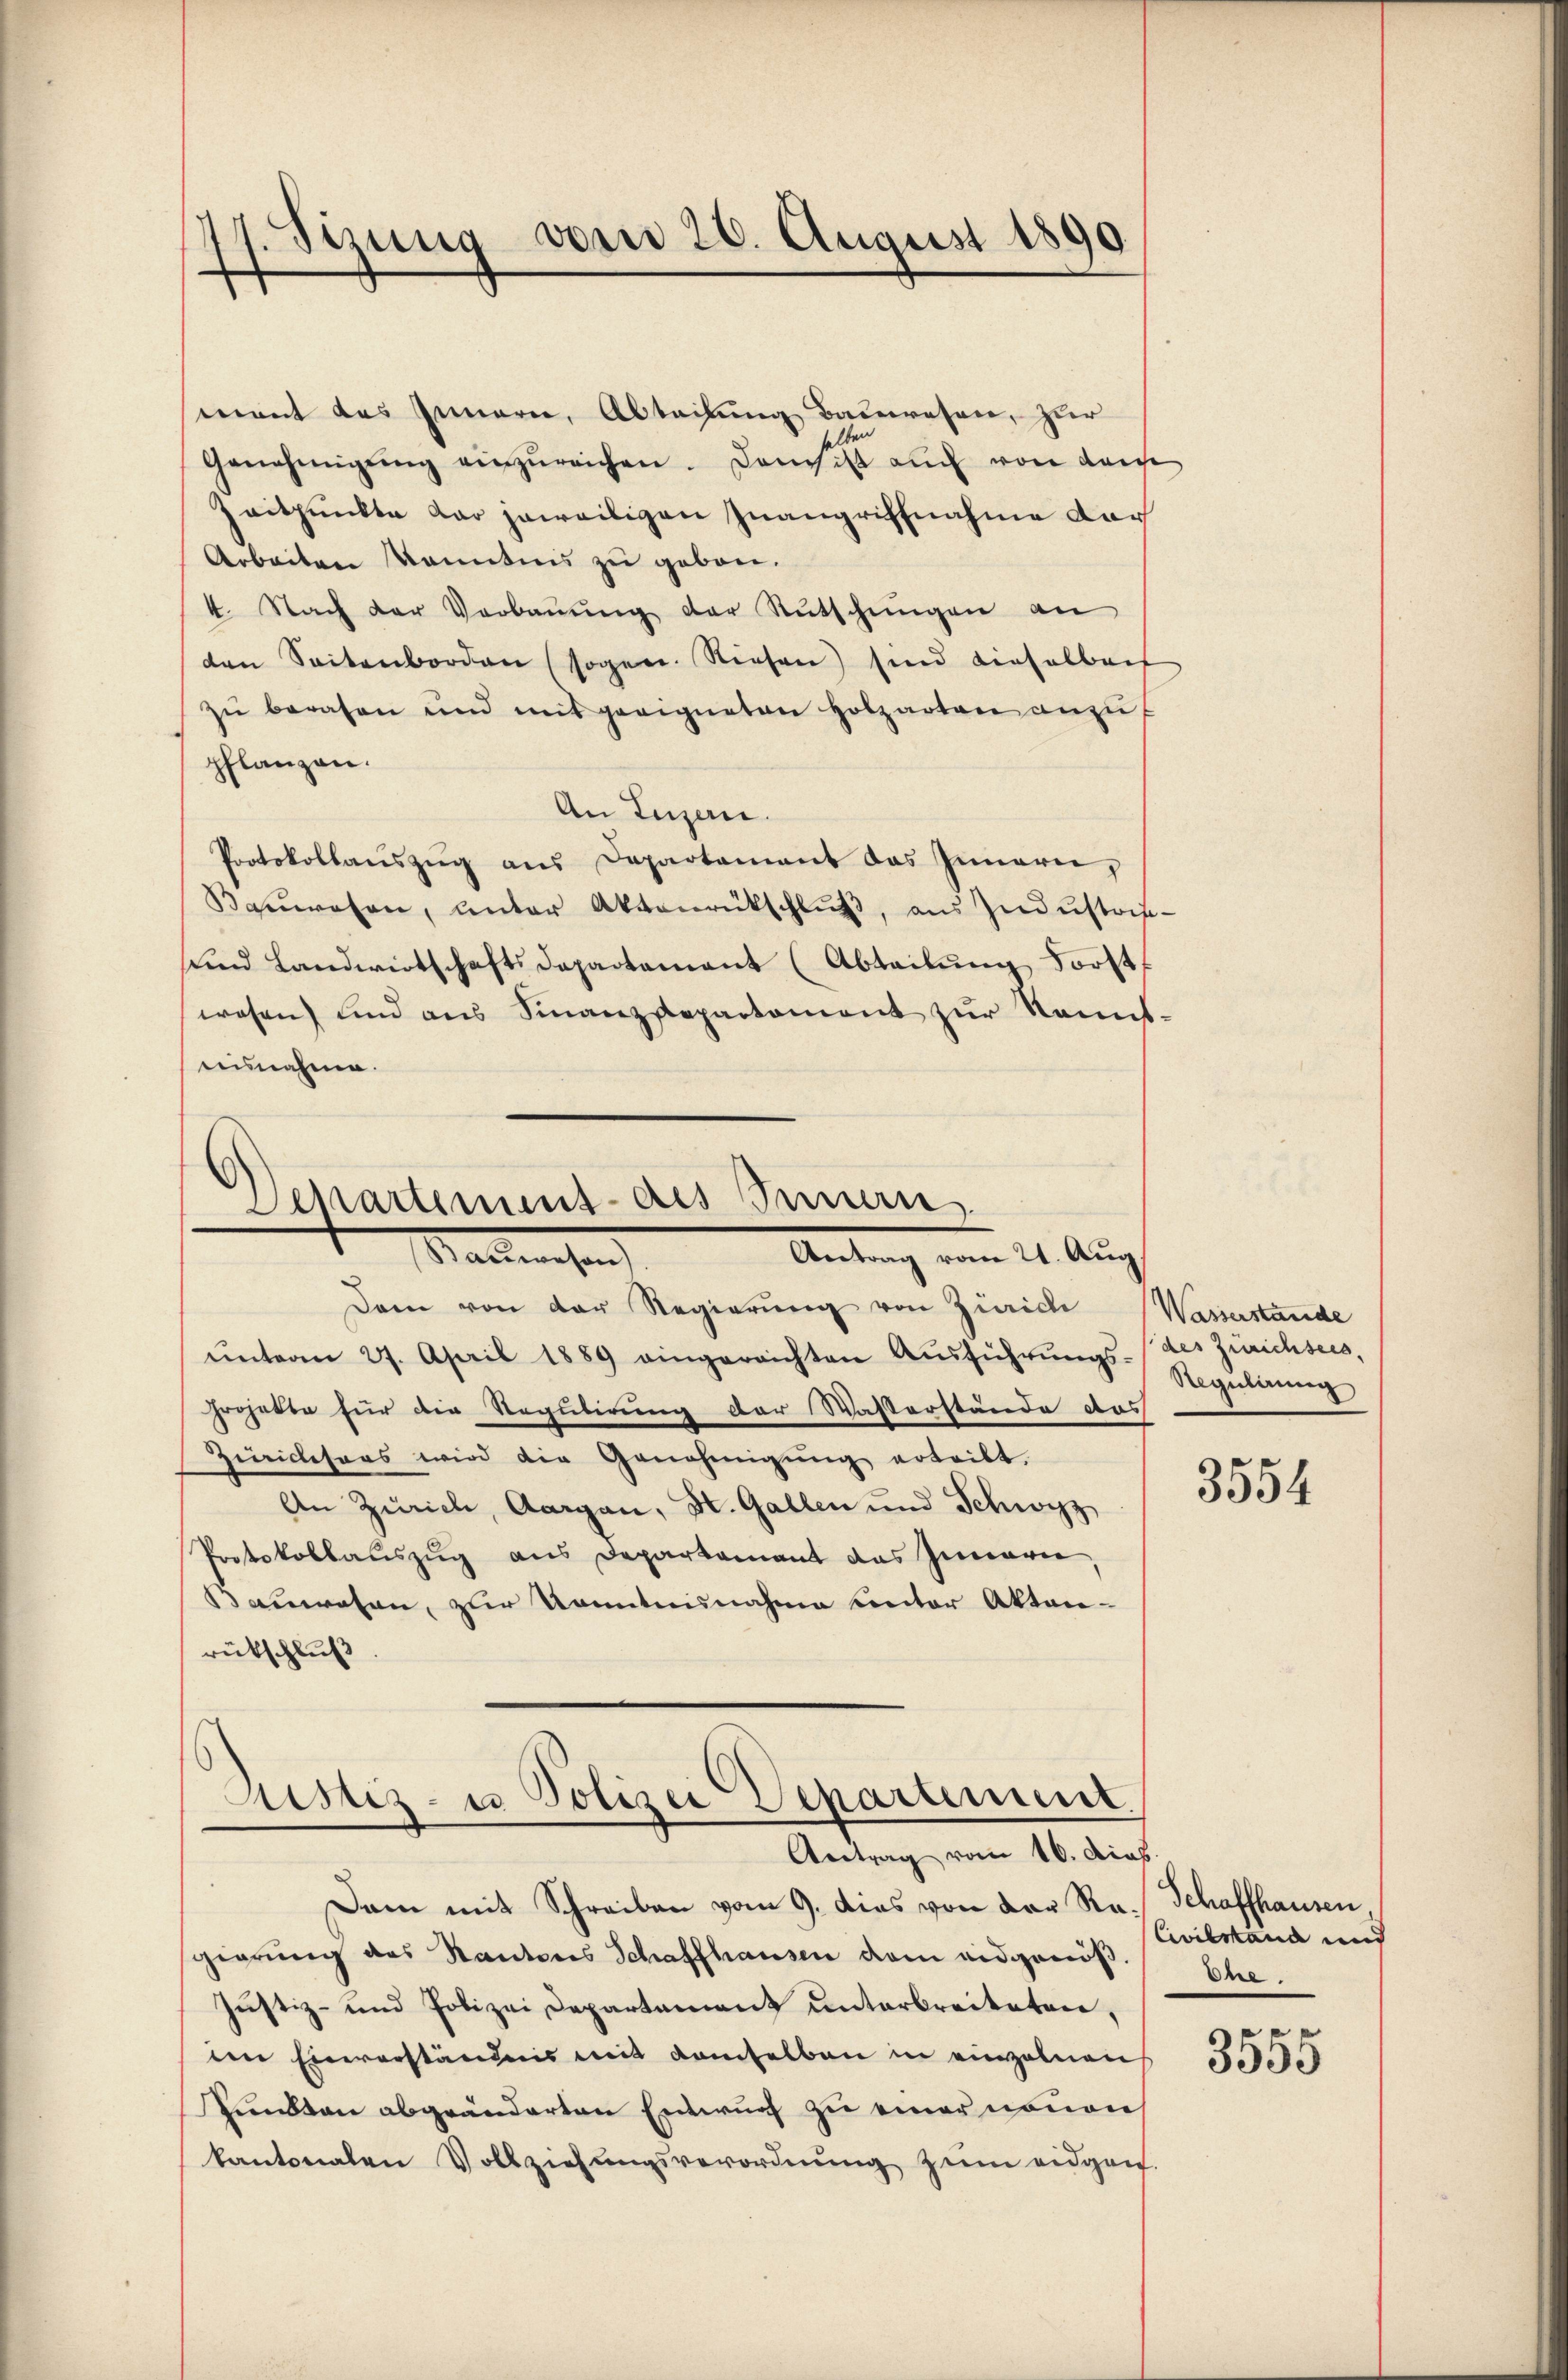
17. Seizung vom 26. August 1890.

Departement des Innern
Mallemahen
Antrag vom 21. Aug.

mant des Innern, Abteilung Bauwesen, zur
selben
Genehmigŭng einzŭreichen. Dans ist auch von dei
Zeitpunkte dar jeweiligen Inangriffnahme dar
Arbeiten kanntnis zu geben.
4. Nach der Verbaŭŭng der Rutschŭngen an
ten Seitenborden (sogen. Niesen) sind dieselbach
zŭ beraten und mit geeigneten Holzarten anzu
pflanzen.
An Luzern.
Protokollauszug aus Departement das Innern,
Bauwesen, unter Aktenrütschlŭβ, aŭs Indŭstris-
und Landwirtschaftsdepartement (Abteilung Forstf
wesen und aus Finanzsepartement zur Kenntnisnahme.

Dann von der Regierung von Zürich
ŭnterm 27. April 1889 eingereichten Aŭsführŭng Regulirung
froherte für die Regulirung der Wasserstände des
Ziicesars wird die Genehmigŭng erteilt.
An Zürich, Aargau, H. Gallen und Schwyz
Protokollauszug aus Departament das Innern,
Bauwesen, zur Kenntnisnahme beiter Akten-
rütschluß

Astiz- u Polizei Departement.
Antrag vom 16. dich.

Dam mit Schreiben vom 9. dies von der Ra. Schaffhausen,
gierung des Kantons Schaffhausen dem eidgenöß¬
Justiz- und Polizei Departement unterbreiteten,
den Einverständnis mit demselben in einzelnen
Pundton abgeänderten Entwurf zu einer neuen
kantonalen Vollziehungsverordnung zum eidgen

Wasserstände
des Zürichsees,

3554

Civilstand auch
Ehe.

e
3355